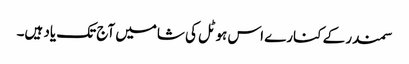
سمندر کے کنارے اس ہوٹل کی شامیں آج تک یاد ہیں۔